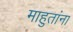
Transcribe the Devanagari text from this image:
माहुतांना